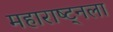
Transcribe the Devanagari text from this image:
महाराष्ट्नला